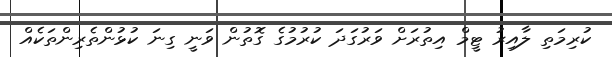
ކުރިމަތި ލާއިރު ޓީމް އިތުރަށް ވަރުގަދަ ކުރުމުގެ ގޮތުން ވަނީ ގިނަ ކުޅުންތެރިންތަކެއް